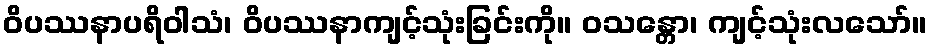
ဝိပဿနာပရိဝါသံ၊ ဝိပဿနာကျင့်သုံးခြင်းကို။ ဝသန္တော၊ ကျင့်သုံးလသော်။